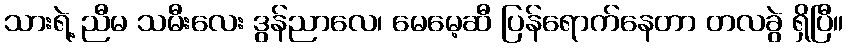
သားရဲ့ ညီမ သမီးလေး ဒွန်ညာလေ၊ မေမေ့ဆီ ပြန်ရောက်နေတာ တလခွဲ ရှိပြီ။